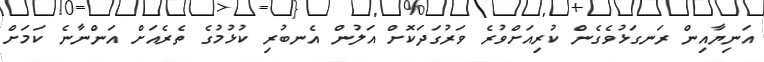
އަނިޔާއިން ރަނގަޅުވެގެން ކުރިއަށްވުރެ ވަރުގަދަކޮށް އަލުން އެނބުރި ކުޅުމުގެ ތެރެއަށް އަންނާނެ ކަމަށް